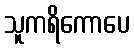
သူကရိကောပေ